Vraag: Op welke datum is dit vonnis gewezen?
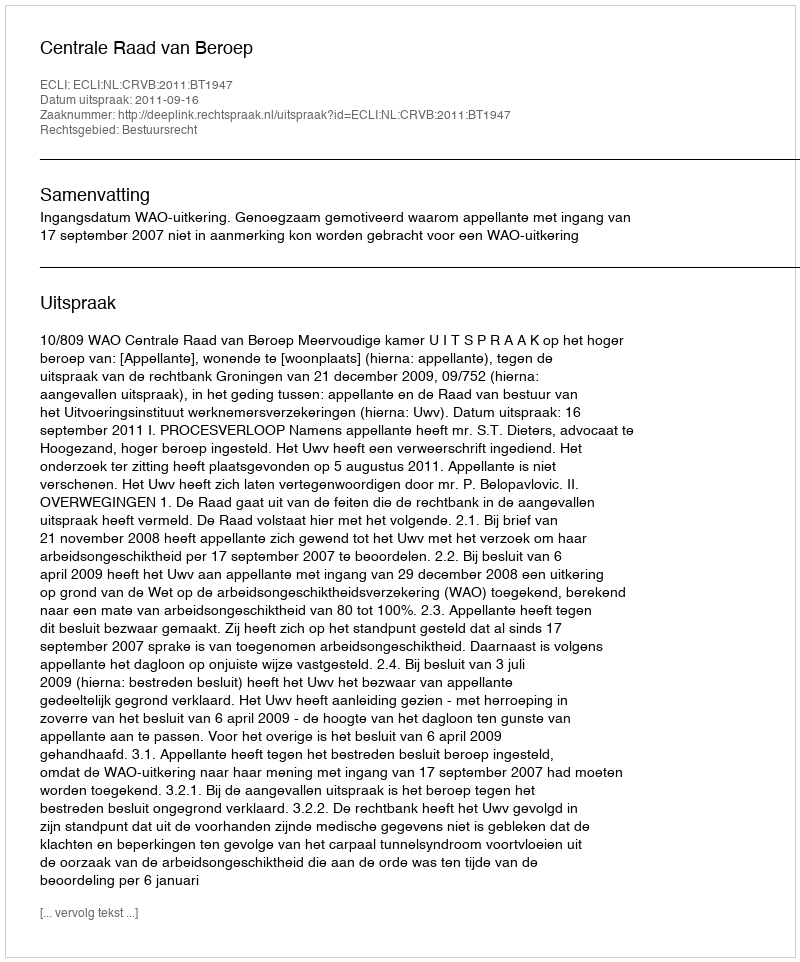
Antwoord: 2011-09-16